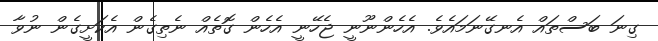
ގިނަ ބަސްތައް އެނގޭނަމައެވެ. އެހެންނޫނީ ޖެހޭނީ އެހެން ގޮތެއް ނެތިގެން އެކަށީގެން ނުވާ